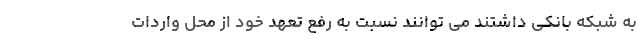
به شبکه بانکی داشتند می توانند نسبت به رفع تعهد خود از محل واردات